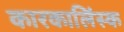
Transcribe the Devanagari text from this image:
कारकालिंस्क